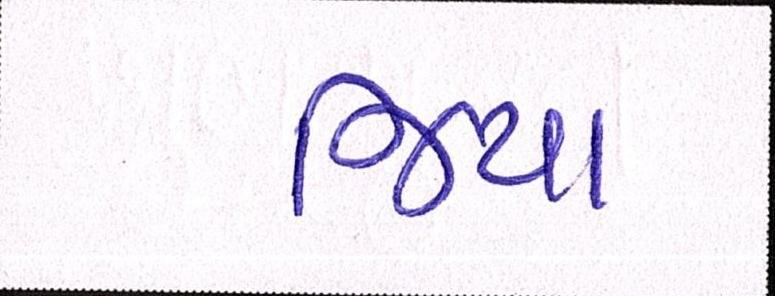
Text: જિયા